Vaccination in Bombay 1869-1873 - 1869-1873
Year: 1869
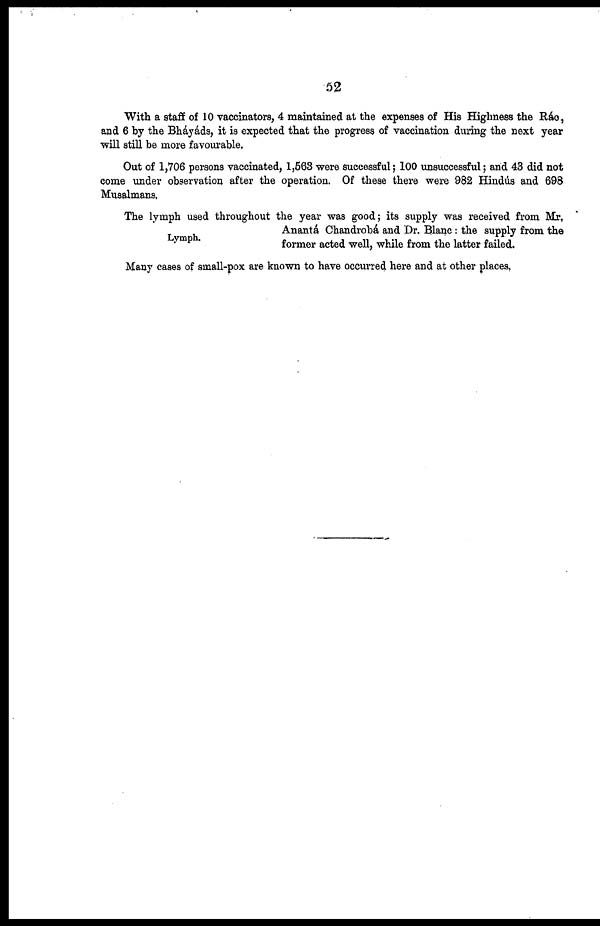
52
With a staff of 10 vaccinators, 4 maintained at the expenses of His Highness the Ráo,
and 6 by the Bháyáds, it is expected that the progress of vaccination during the next year
will still be more favourable.
Out of 1,706 persons vaccinated, 1,563 were successful; 100 unsuccessful; and 43 did not
come under observation after the operation. Of these there were 982 Hindús and 698
Musalmans.
Lymph.
The lymph used throughout the year was good; its supply was received from Mr,
Anantá Chandrobá and Dr. Blanc: the supply from the
former acted well, while from the latter failed.
Many cases of small-pox are known to have occurred here and at other places.